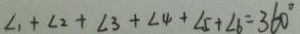
\angle 1 + \angle 2 + \angle 3 + \angle 4 + \angle 5 + \angle 6 = 3 6 0 ^ { \circ }